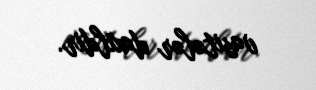
vasitələr daxildir.